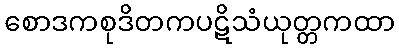
စောဒကစုဒိတကပဋိသံယုတ္တကထာ